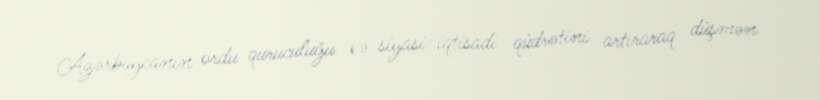
Azərbaycanın ordu quruculuğu və siyasi-iqtisadi qüdrətini artıraraq düşmən